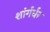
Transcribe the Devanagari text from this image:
शांर्गर्धर